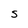
Character: S